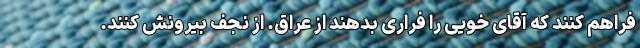
فراهم کنند که آقای خویی را فراری‌ بدهند از عراق. از نجف بیرونش کنند.